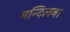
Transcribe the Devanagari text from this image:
मन्दिलबा